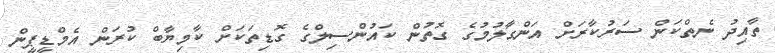
ތާއިދު ނެތްކަން ސަރުކާރަށް އަންގާލުމުގެ ގޮތުން ކައުންސިލްގެ ގޮޑިތަކަށް ކާމިޔާބް ކުރަން އެމްޑީޕީން